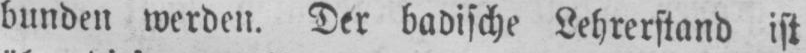
bunden werden. Der badische Lehrerstand ist